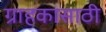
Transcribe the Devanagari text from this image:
ग्राहकासाठी